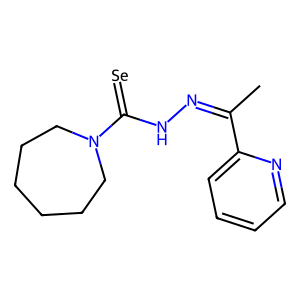
SMILES: CC(=NNC(=[Se])N1CCCCCC1)c1ccccn1
Inhibits HIV replication: No